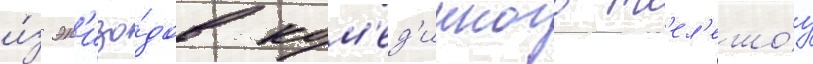
и́з эп'изо́дов ком'ед'ииного т'ел'ешо́у